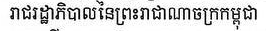
រាជរដ្ឋាភិបាលនៃព្រះរាជាណាចក្រកម្ពុជា